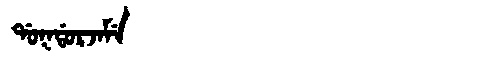
Manchu: ᡩᠣᡴᡩᠣᡵᠵᠠᠮᡝ
Romanization: DOKDORJAME